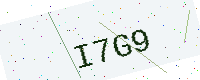
Text: I7G9